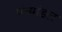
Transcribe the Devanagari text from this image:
पंचमंडल